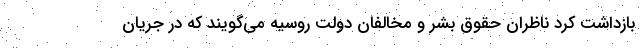
بازداشت کرد ناظران حقوق بشر و مخالفان دولت روسیه می‌گویند که در جریان